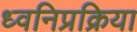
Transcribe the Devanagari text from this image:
ध्वनिप्रक्रिया